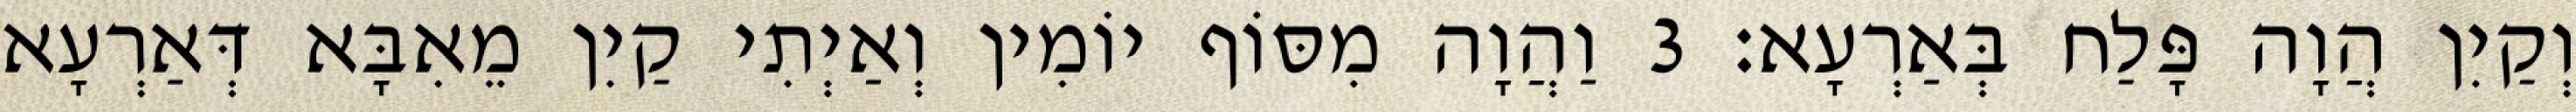
וְקַיִן הֲוָה פָּלַח בְּאַרְעָא׃ 3 וַהֲוָה מִסּוֹף יוֹמִין וְאַיְתִי קַיִן מֵאִבָּא דְּאַרְעָא